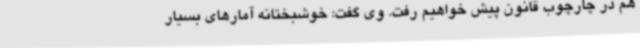
هم در چارچوب قانون پیش خواهیم رفت. وی گفت: خوشبختانه آمارهای بسیار